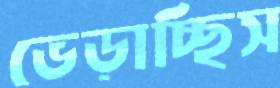
ভেড়াচ্ছিস